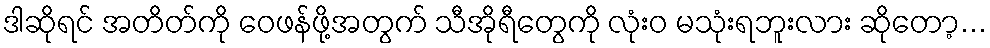
ဒါဆိုရင် အတိတ်ကို ဝေဖန်ဖို့အတွက် သီအိုရီတွေကို လုံးဝ မသုံးရဘူးလား ဆိုတော့...